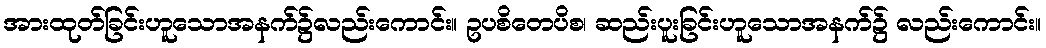
အားထုတ်ခြင်းဟူသောအနက်၌လည်းကောင်း။ ဥပစိတေပိစ၊ ဆည်းပူးခြင်းဟူသောအနက်၌ လည်းကောင်း။